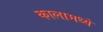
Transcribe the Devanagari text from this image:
कालामध्ये